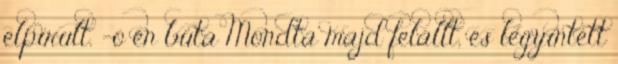
elpirult. -ó én buta Mondta majd felállt, és legyintett